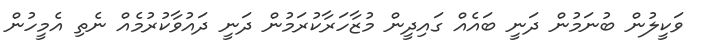
ވަކީލުން ބުނަމުން ދަނީ ބައެއް ގައިދީން މުޒާހަރާކުރަމުން ދަނީ ދައުވާކުރުމެއް ނެތި އެމީހުން